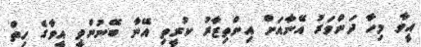
އީވާ މިހާ ދަންވަރު އޭނާއަށް އިންތިޒާރު ކުރީތި އޭނާ ބޭނުންވީ އީވާގެ ހިތް